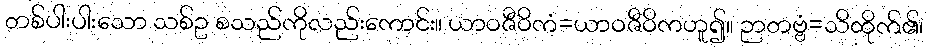
တစ်ပါးပါးသော သစ်ဥ စသည်ကိုလည်းကောင်း။ ယာဝဇီဝိကံ=ယာဝဇီဝိကဟူ၍။ ဉာတဗ္ဗံ=သိထိုက်၏၊